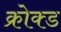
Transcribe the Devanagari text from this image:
क्रोक्ड